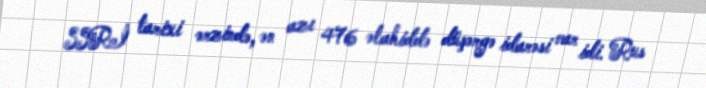
SSRİ tarixi ərzində, ən azı 476 əlahiddə düşərgə idarəsi var idi. Rus